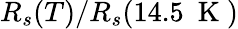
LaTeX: R_{s}(T)/R_{s}(14.5~\mathrm{~K~})